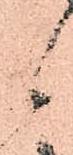
候